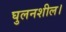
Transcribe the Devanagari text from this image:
घुलनशील।